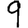
Digit: 9